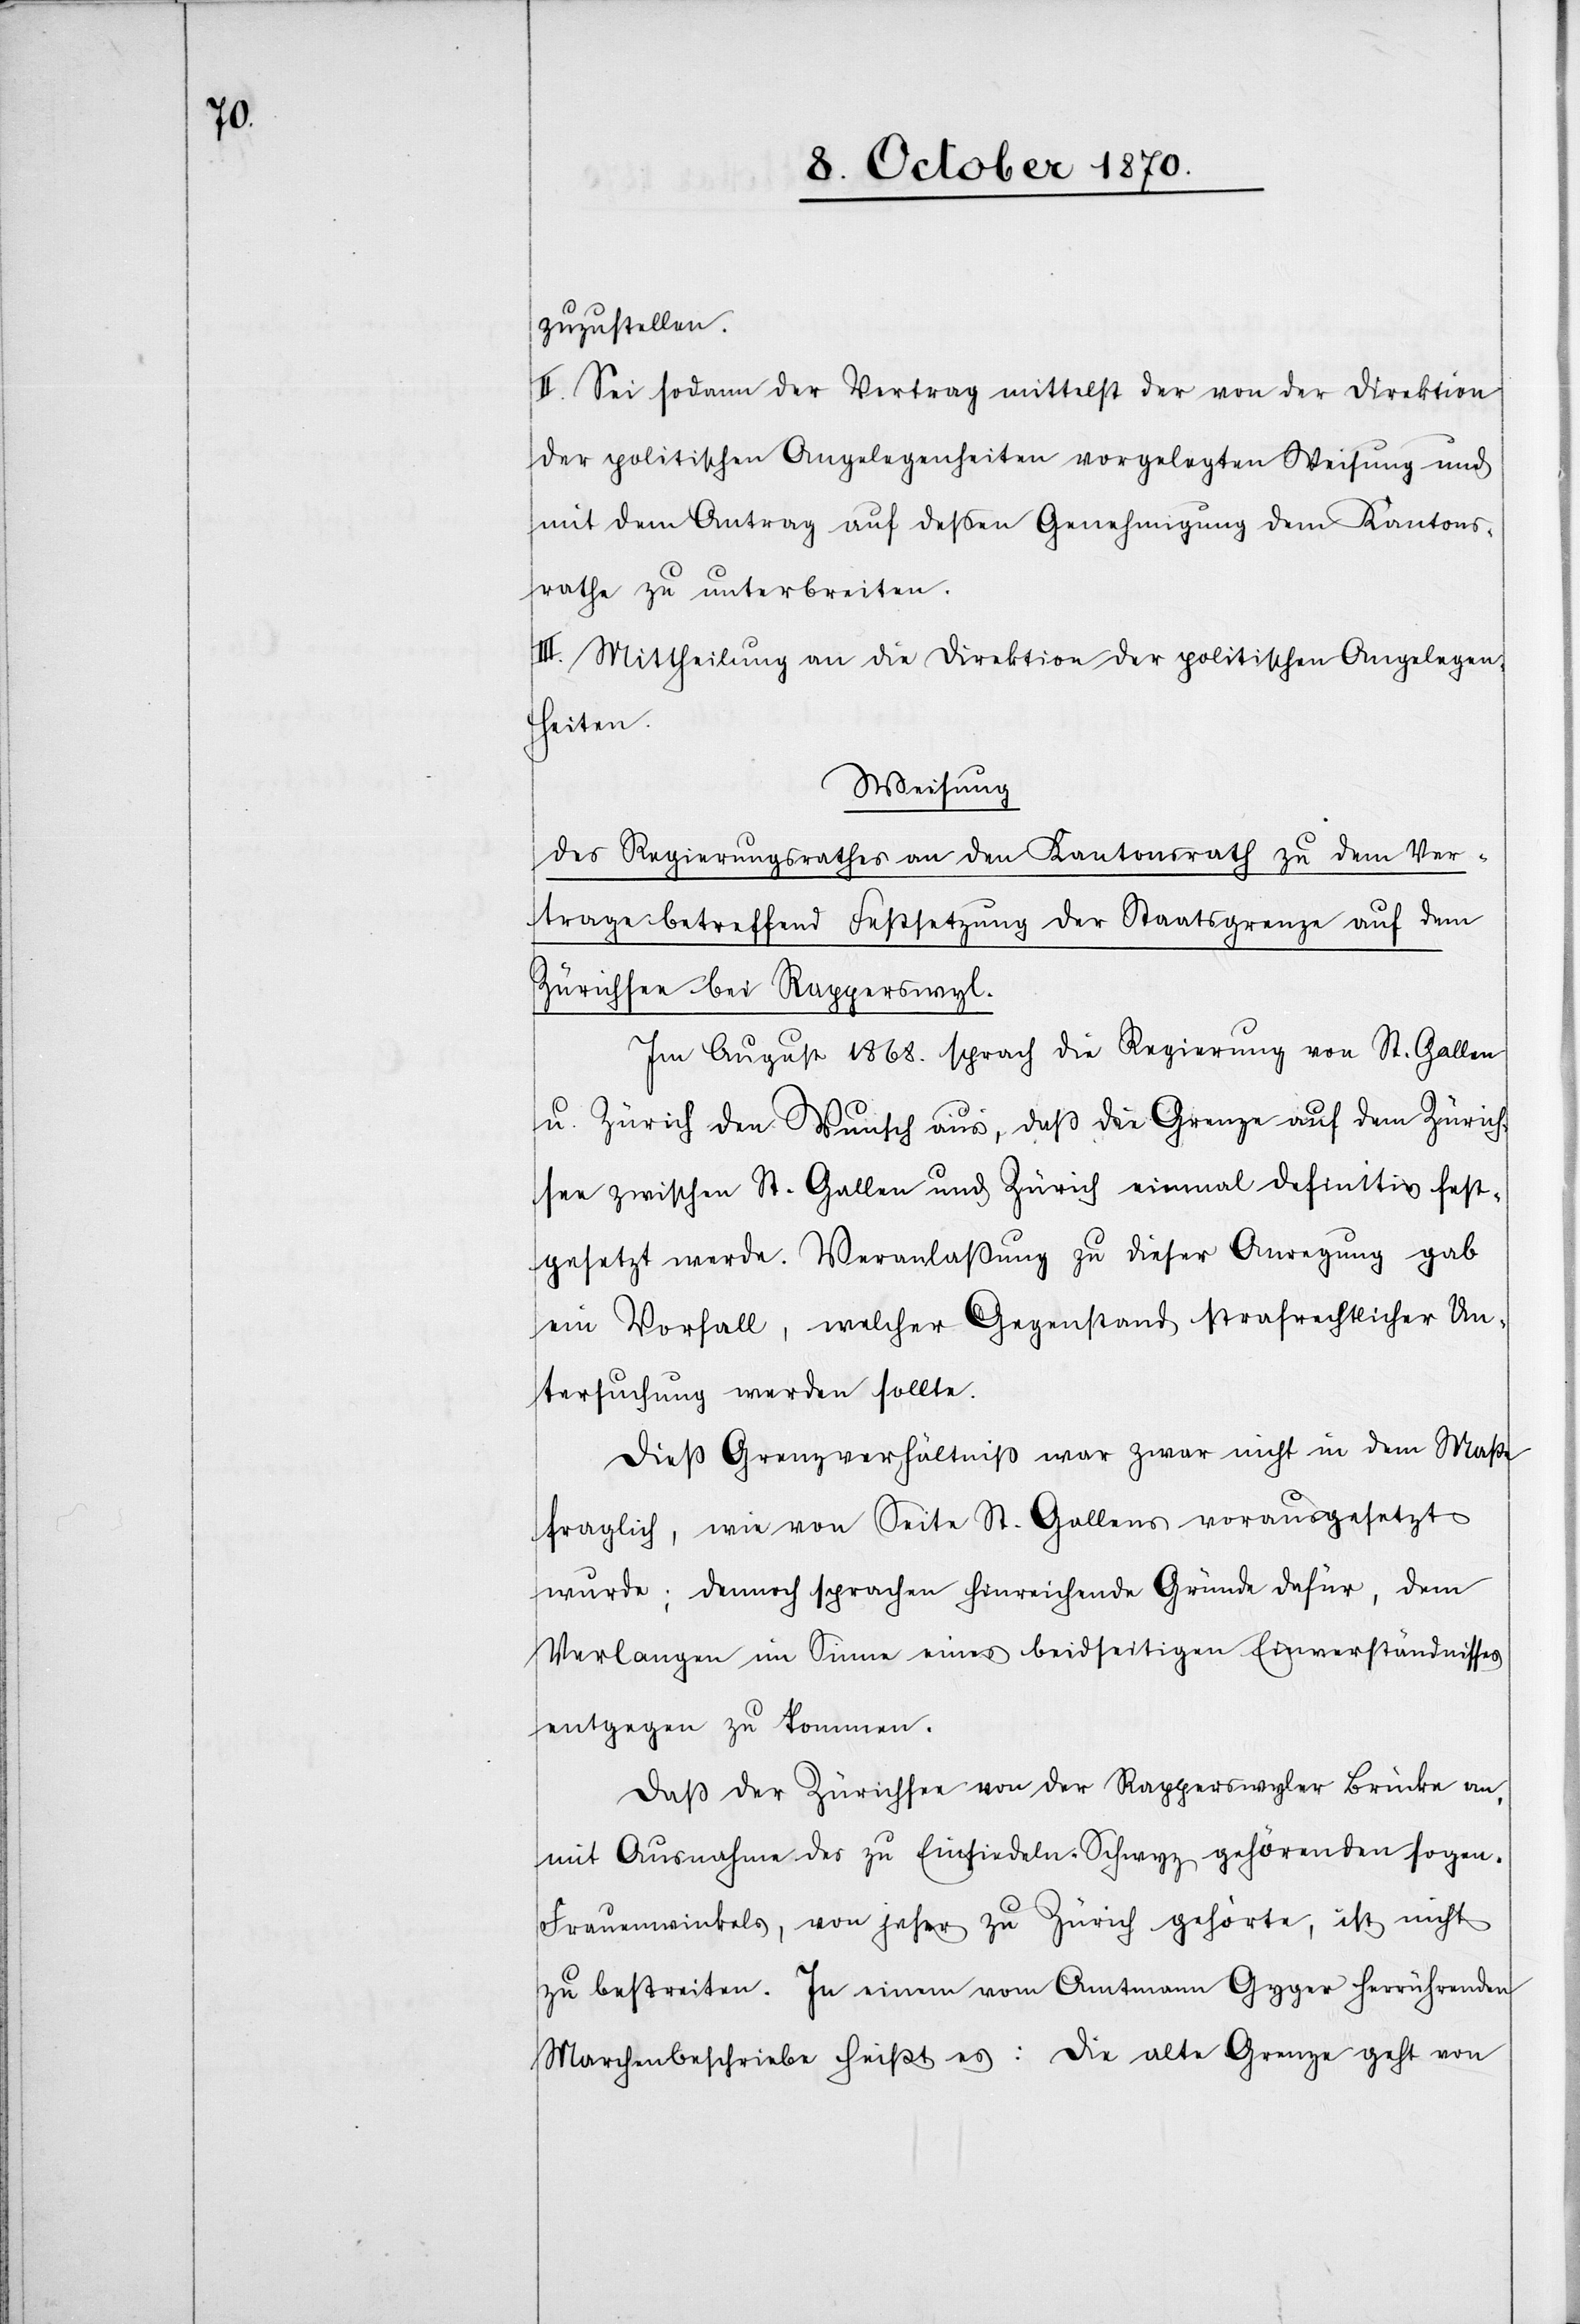
zuzustellen.
II. Sei sodann der Vertrag mittelst der von der Direktion
der politischen Angelegenheiten vorgelegten Weisung und
mit dem Antrag auf deßen Genehmigung dem Kantons¬
rathe zu unterbreiten.
III. Mittheilung an die Direktion der politischen Angelegen¬
heiten.
Weisung
des Regierungsrathes an den Kantonsrath zu dem Ver¬
trage betreffend Festsetzung der Staatsgrenze auf dem
Zürichsee bei Rapperswyl.
Im August 1868. sprach die Regierung von St. Gallen
u. Zürich den Wunsch aus, daß die Grenze auf dem Zürich¬
see zwischen St. Gallen und Zürich einmal definitiv fest¬
gesetzt werde. Veranlassung zu dieser Anregung gab
ein Vorfall, welcher Gegenstand strafrechtlicher Un¬
tersuchung werden sollte.
Dieß Grenzverhältnis war zwar nicht in dem Maße
fraglich, wie von Seite St. Gallens vorausgesetzt
wurde; dennoch sprachen hinreichende Gründe dafür, dem
Verlangen im Sinne eines beidseitigen Einverständnisses
entgegen zu kommen.
Daß der Zürichsee von der Rapperswyler Brücke an
mit Ausnahme des zu Einsiedeln Schwyz gehörenden sogen.
Frauenwinkels, von jeher zu Zürich gehörte, ist nicht
zu bestreiten. In einem vom Amtmann Gyger herrührenden
Marchenbeschriebe heißt es: Die alte Grenze geht von